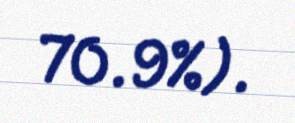
70.9%).